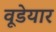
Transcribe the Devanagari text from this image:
वूडेयार